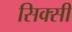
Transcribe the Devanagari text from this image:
सिक्सी